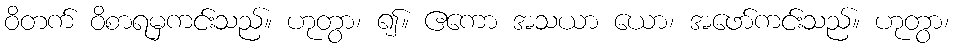
ဝိတက် ဝိစာရမှကင်းသည်။ ဟုတွာ၊ ၍။ ဧကော အသယာ ယော၊ အဖော်ကင်းသည်။ ဟုတွာ၊